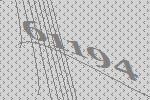
61194